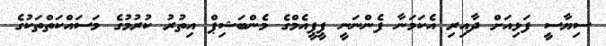
ސިޔާސީ ފަޅިއަށް ދާއިރި އެކަމަނާ ފެންނަނީ ޕީޕީއެމްގެ މެންބަޝިޕް އިތުރު ކުރުމުގެ މަސައްކަތްތަކުގެ